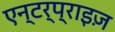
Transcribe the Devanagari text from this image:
एन्टर्प्राइज़